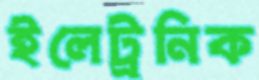
ইলেট্রনিক